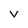
Character: v